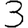
Digit: 3